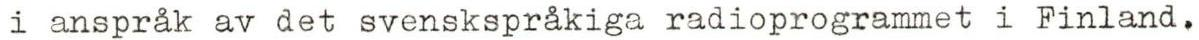
i anspråk av det svenskspråkiga radioprogrammet i Finland.